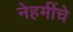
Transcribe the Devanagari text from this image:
नेहमींचे